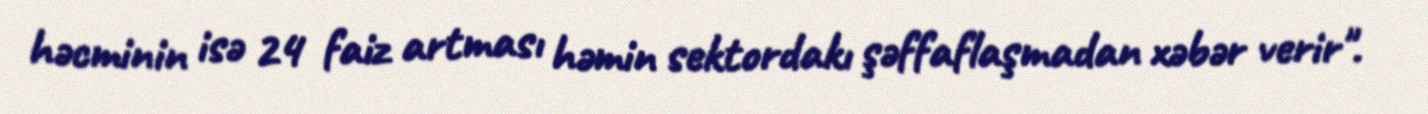
həcminin isə 24 faiz artması həmin sektordakı şəffaflaşmadan xəbər verir".